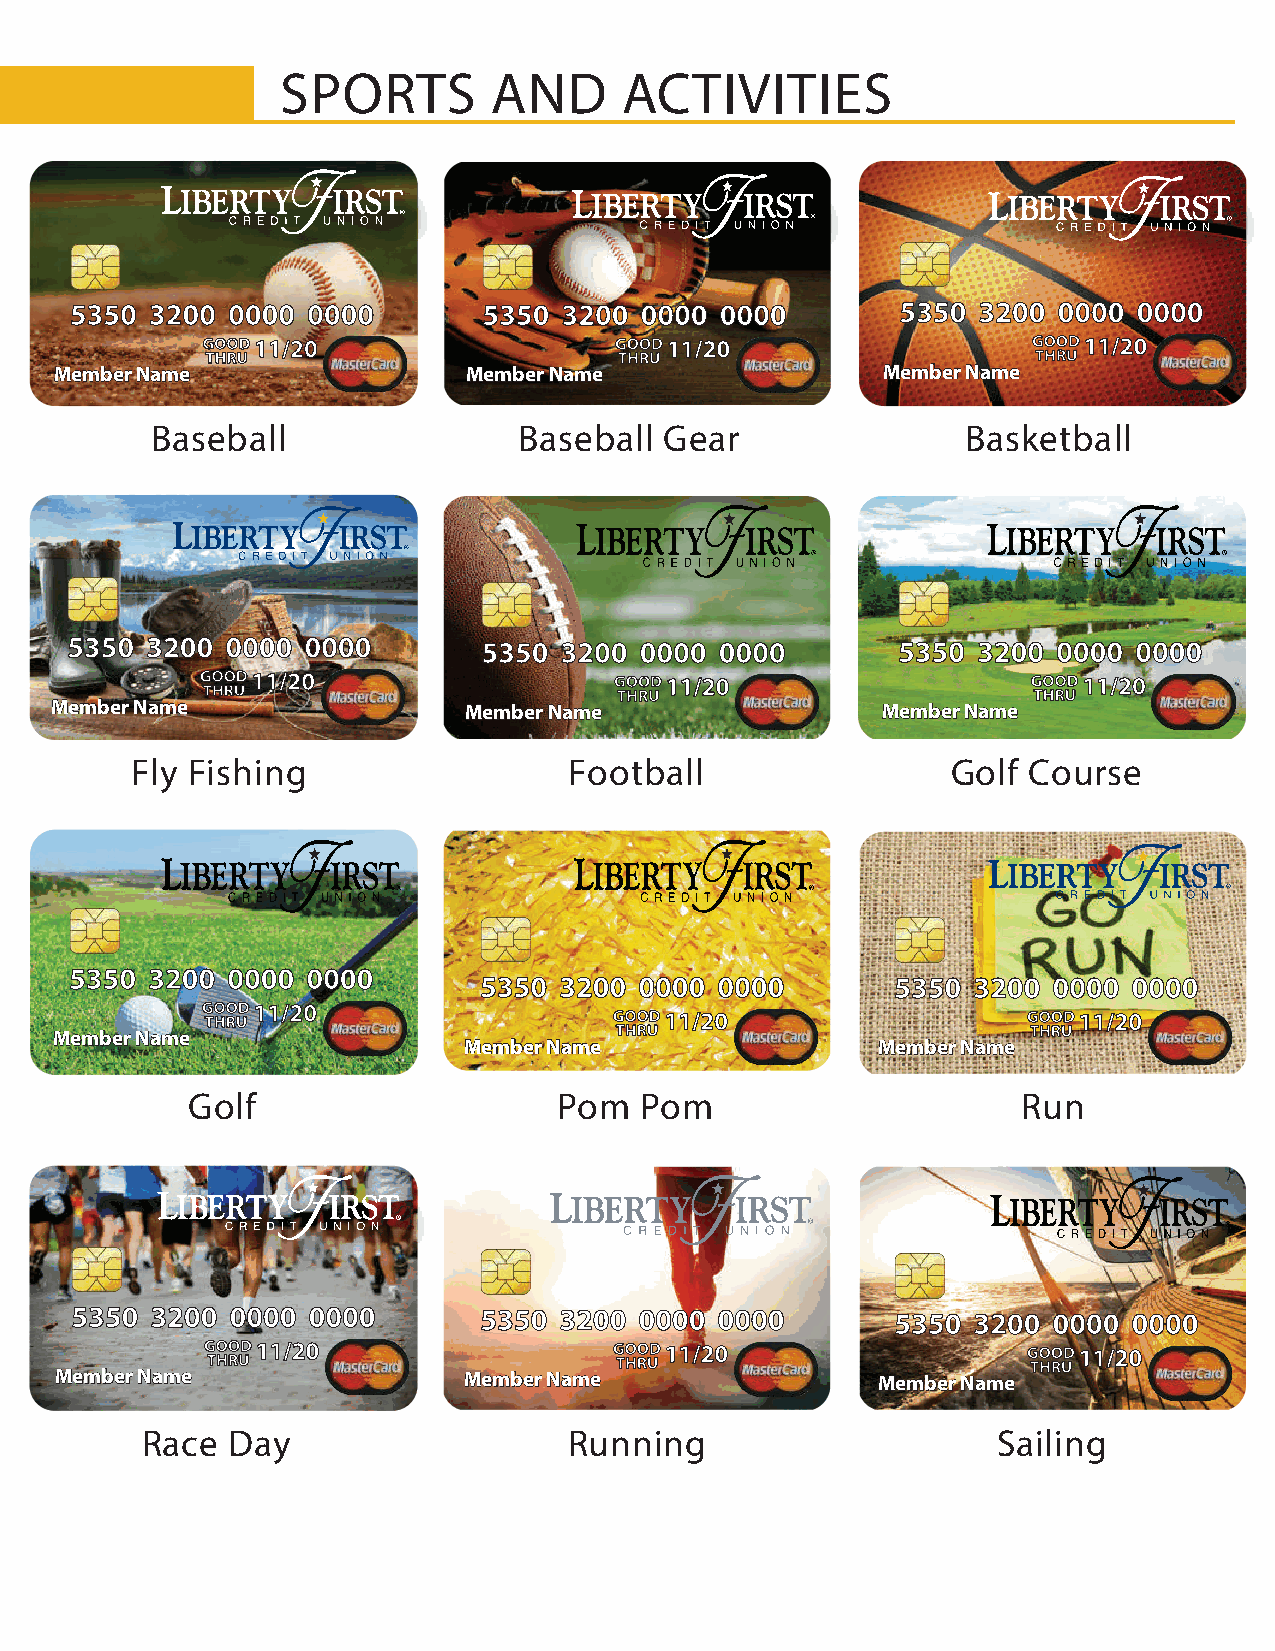
SPORTS       AND      ACTIVITIES
 Member Name                Member Name                Member Name
 Baseball                Baseball  Gear                Basketball
 Member Name                 Member Name                Member Name
 Fly Fishing                  Football                 Golf Course
 Member Name
 Member Name                Member Name
 Golf                     Pom  Pom                       Run
 Member Name                Member Name                Member Name
 Race  Day                    Running                     Sailing